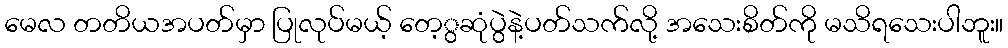
မေလ တတိယအပတ်မှာ ပြုလုပ်မယ့် တေ့ွဆုံပွဲနဲ့ပတ်သက်လို့ အသေးစိတ်ကို မသိရသေးပါဘူး။